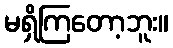
မရှိကြတော့ဘူး။